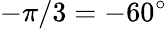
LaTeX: -\pi/3=-60^{\circ}